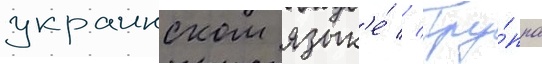
украинском язык'е́ // Гру́ппа